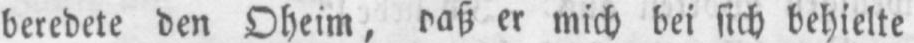
er mich bei sich behielte